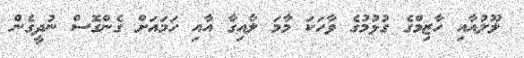
ލޫލުއާއި ހާޒިމްގެ ގުޅުމުގެ ވާހަކަ މާމަ ލާއިގާ އާއި ހަމައަށް ގެންގޮސް ނުދީގެން